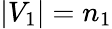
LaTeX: |V_{1}|=n_{1}